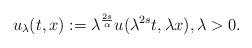
LaTeX: \begin{align*}u_\lambda(t,x):= \lambda^{\frac{2s}{\alpha}} u(\lambda^{2s} t, \lambda x), \lambda >0.\end{align*}